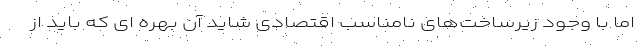
اما با وجود زیرساخت‌های نامناسب اقتصادی شاید آن بهره ای که باید از